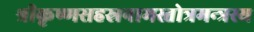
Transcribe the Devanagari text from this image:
श्रीकृष्णसहस्रनामस्तोत्रमन्त्रस्य